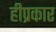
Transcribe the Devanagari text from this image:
हीप्रकार